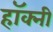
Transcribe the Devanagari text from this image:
हॉक्नी